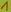
Text: 1